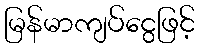
မြန်မာကျပ်ငွေဖြင့်